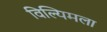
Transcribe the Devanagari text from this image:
विल्यिमला